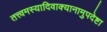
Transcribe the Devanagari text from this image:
तत्त्वमस्यादिवाक्यानामुपदेष्टा